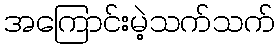
အကြောင်းမဲ့သက်သက်